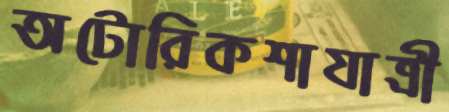
অটোরিকশাযাত্রী